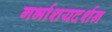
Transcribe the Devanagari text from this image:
गर्भाशयदर्शन